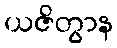
ယဇိတွာန